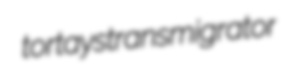
tortays transmigrator